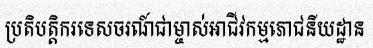
ប្រតិបត្តិករទេសចរណ៍ជាម្ចាស់អាជីវកម្មភោជនីយដ្ឋាន